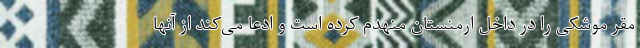
مقر موشکی را در داخل ارمنستان منهدم کرده است و ادعا می‌کند از آنها